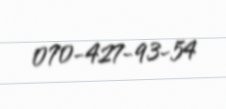
070-427-93-54